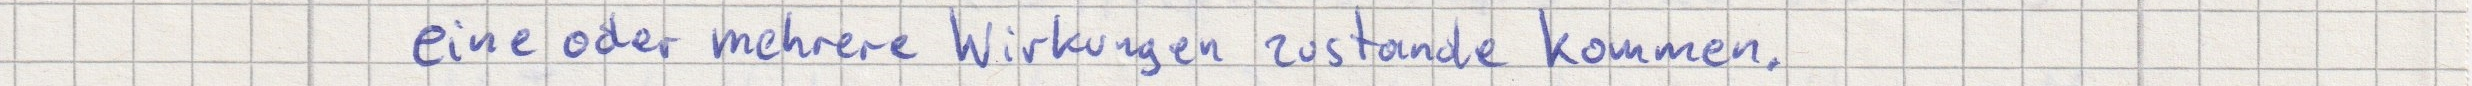
eine oder mehrere Wirkungen zustande kommen.